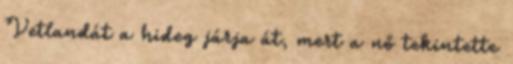
Vetlandát a hideg járja át, mert a nő tekintette